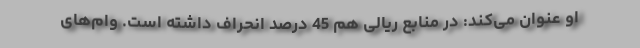
او عنوان می‌كند: در منابع ریالی هم 45 درصد انحراف داشته است. وام‌های